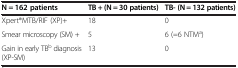
| N = 162 patients | TB + (N = 30 patients) | TB- (N = 132 patients) |
 | --- | --- | --- |
 | Xpert®MTB/RIF (XP)+ | 18 | 0 |
 | Smear microscopy (SM) + | 5 | 6 (=6 NTMa) |
 | Gain in early TBb diagnosis (XP-SM) | 13 | 0 |